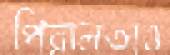
পিরালতাও